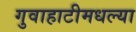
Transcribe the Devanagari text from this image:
गुवाहाटीमधल्या